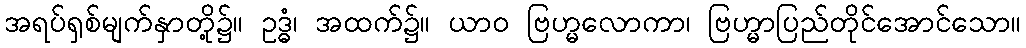
အရပ်ရှစ်မျက်နှာတို့၌။ ဥဒ္ဓံ၊ အထက်၌။ ယာဝ ဗြဟ္မလောကာ၊ ဗြဟ္မာပြည်တိုင်အောင်သော။